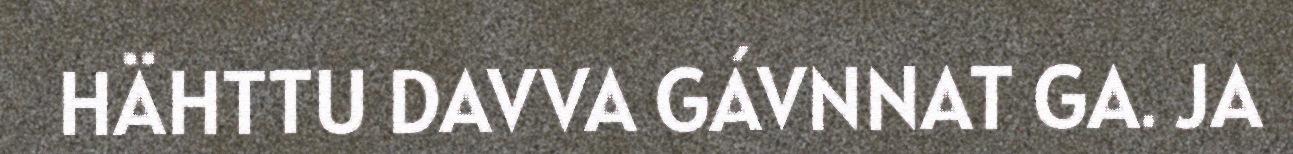
HÄHTTU DAVVA GÁVNNAT GA. JA